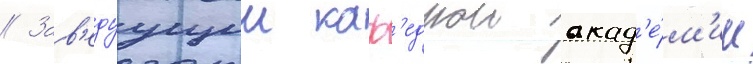
// Зав'едуущии каф'едрои акад'е́м'ии